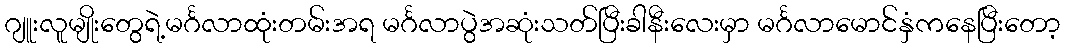
ဂျူးလူမျိုးတွေရဲ့မင်္ဂလာထုံးတမ်းအရ မင်္ဂလာပွဲအဆုံးသတ်ပြီးခါနီးလေးမှာ မင်္ဂလာမောင်နှံကနေပြီးတော့